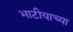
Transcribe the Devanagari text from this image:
भाटीयाच्या